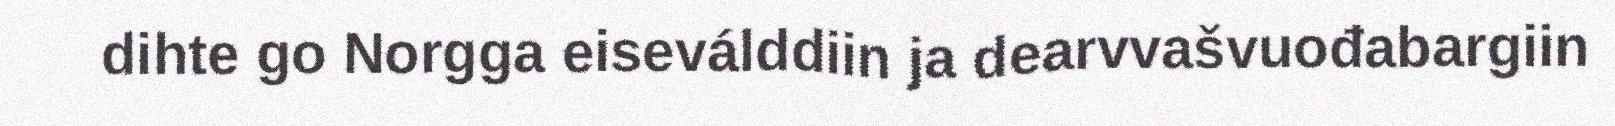
dihte go Norgga eiseválddiin ja dearvvašvuođabargiin